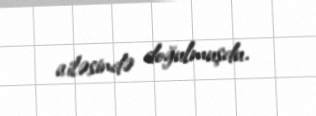
ailəsində doğulmuşdu.